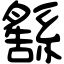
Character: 𦅚